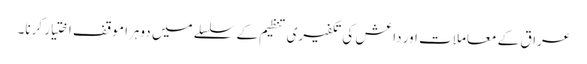
عراق کے معاملات اور داعش کی تکفیری تنظیم کے سلسلے میں دوہرا موقف اختیار کرنا۔